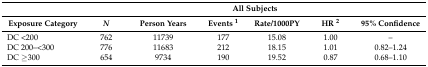
|  | <COLSPAN=6> All Subjects |
 | Exposure Category | N | Person Years | Events 1 | Rate/1000PY | HR 2 | 95% Confidence |
 | --- | --- | --- | --- | --- | --- | --- |
 | DC <200 | 762 | 11739 | 177 | 15.08 | 1.00 | – |
 | DC 200–<300 | 776 | 11683 | 212 | 18.15 | 1.01 | 0.82–1.24 |
 | DC ≥300 | 654 | 9734 | 190 | 19.52 | 0.87 | 0.68–1.10 |